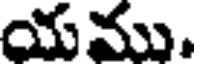
యము,